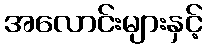
အလောင်းများနှင့်